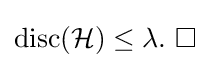
\operatorname {disc} ({\mathcal {H}})\leq \lambda .\ \Box